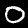
Label: 0